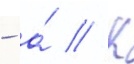
- а́ // К